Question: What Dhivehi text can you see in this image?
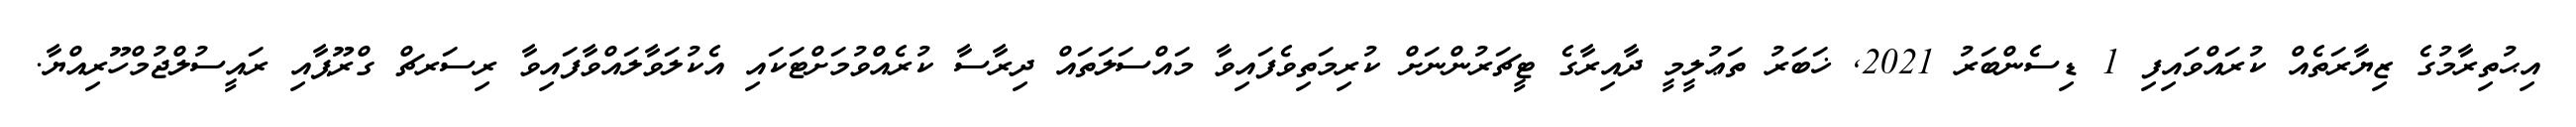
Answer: އިޙުތިރާމުގެ ޒިޔާރަތެއް ކުރައްވައިފި 1 ޑިސެންބަރު 2021, ޚަބަރު ތަޢުލީމީ ދާއިރާގެ ޓީޗަރުންނަށް ކުރިމަތިވެފައިވާ މައްސަލަތައް ދިރާސާ ކުރެއްވުމަށްޓަކައި އެކުލަވާލައްވާފައިވާ ރިސަރޗް ގްރޫޕާއި ރައީސުލްޖުމްހޫރިއްޔާ.